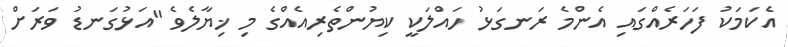
އެކަމަކު ފަހަރެއްގައި އެންމެ ރަނގަޅު ހައްލަކީ ކިޔުންތެރިއެއްގެ މި ޚިޔާލެވެ "އަޅުގަނޑު ވަރަށް